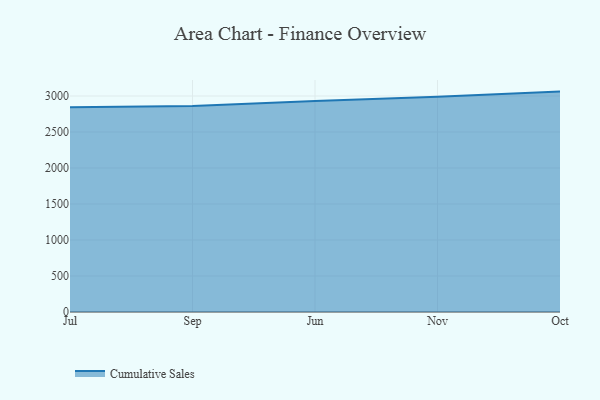
{"axis": {"x": "Month", "y": "Humidity (%)"}, "legend": ["Cumulative Sales"], "data": [{"x": "Jul", "y": 2844.4, "type": "Cumulative Sales"}, {"x": "Sep", "y": 2860.8, "type": "Cumulative Sales"}, {"x": "Jun", "y": 2932.2, "type": "Cumulative Sales"}, {"x": "Nov", "y": 2990.5, "type": "Cumulative Sales"}, {"x": "Oct", "y": 3061.3, "type": "Cumulative Sales"}]}